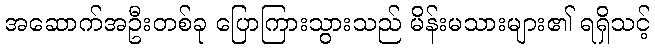
အဆောက်အဦးတစ်ခု ပြောကြားသွားသည် မိန်းမသားများ၏ ရရှိသင့်